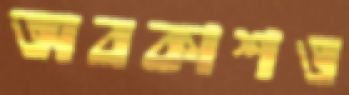
অবকাশও